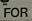
for